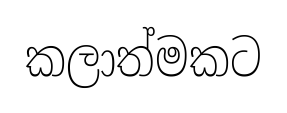
කලාත්මකට